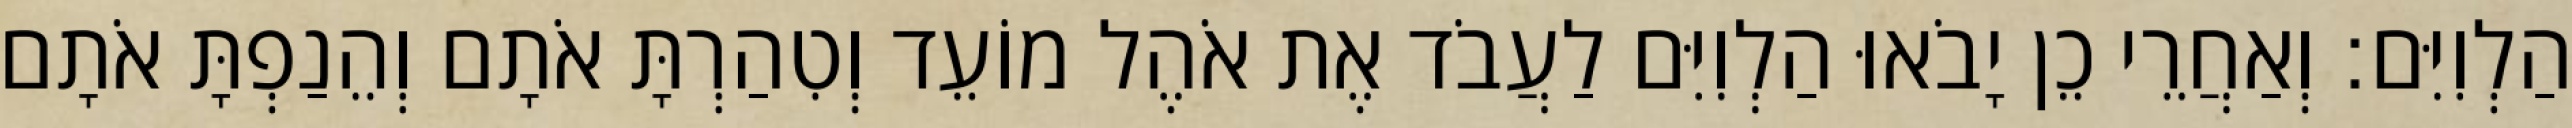
הַלְוִיִּם׃ וְאַחֲרֵי כֵן יָבֹאוּ הַלְוִיִּם לַעֲבֹד אֶת אֹהֶל מוֹעֵד וְטִהַרְתָּ אֹתָם וְהֵנַפְתָּ אֹתָם